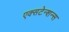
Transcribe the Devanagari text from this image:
एक्सटेन्शन्स